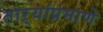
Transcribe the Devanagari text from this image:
ताऱ्यांप्रमाणे